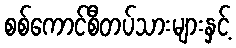
စစ်ကောင်စီတပ်သားများနှင့်